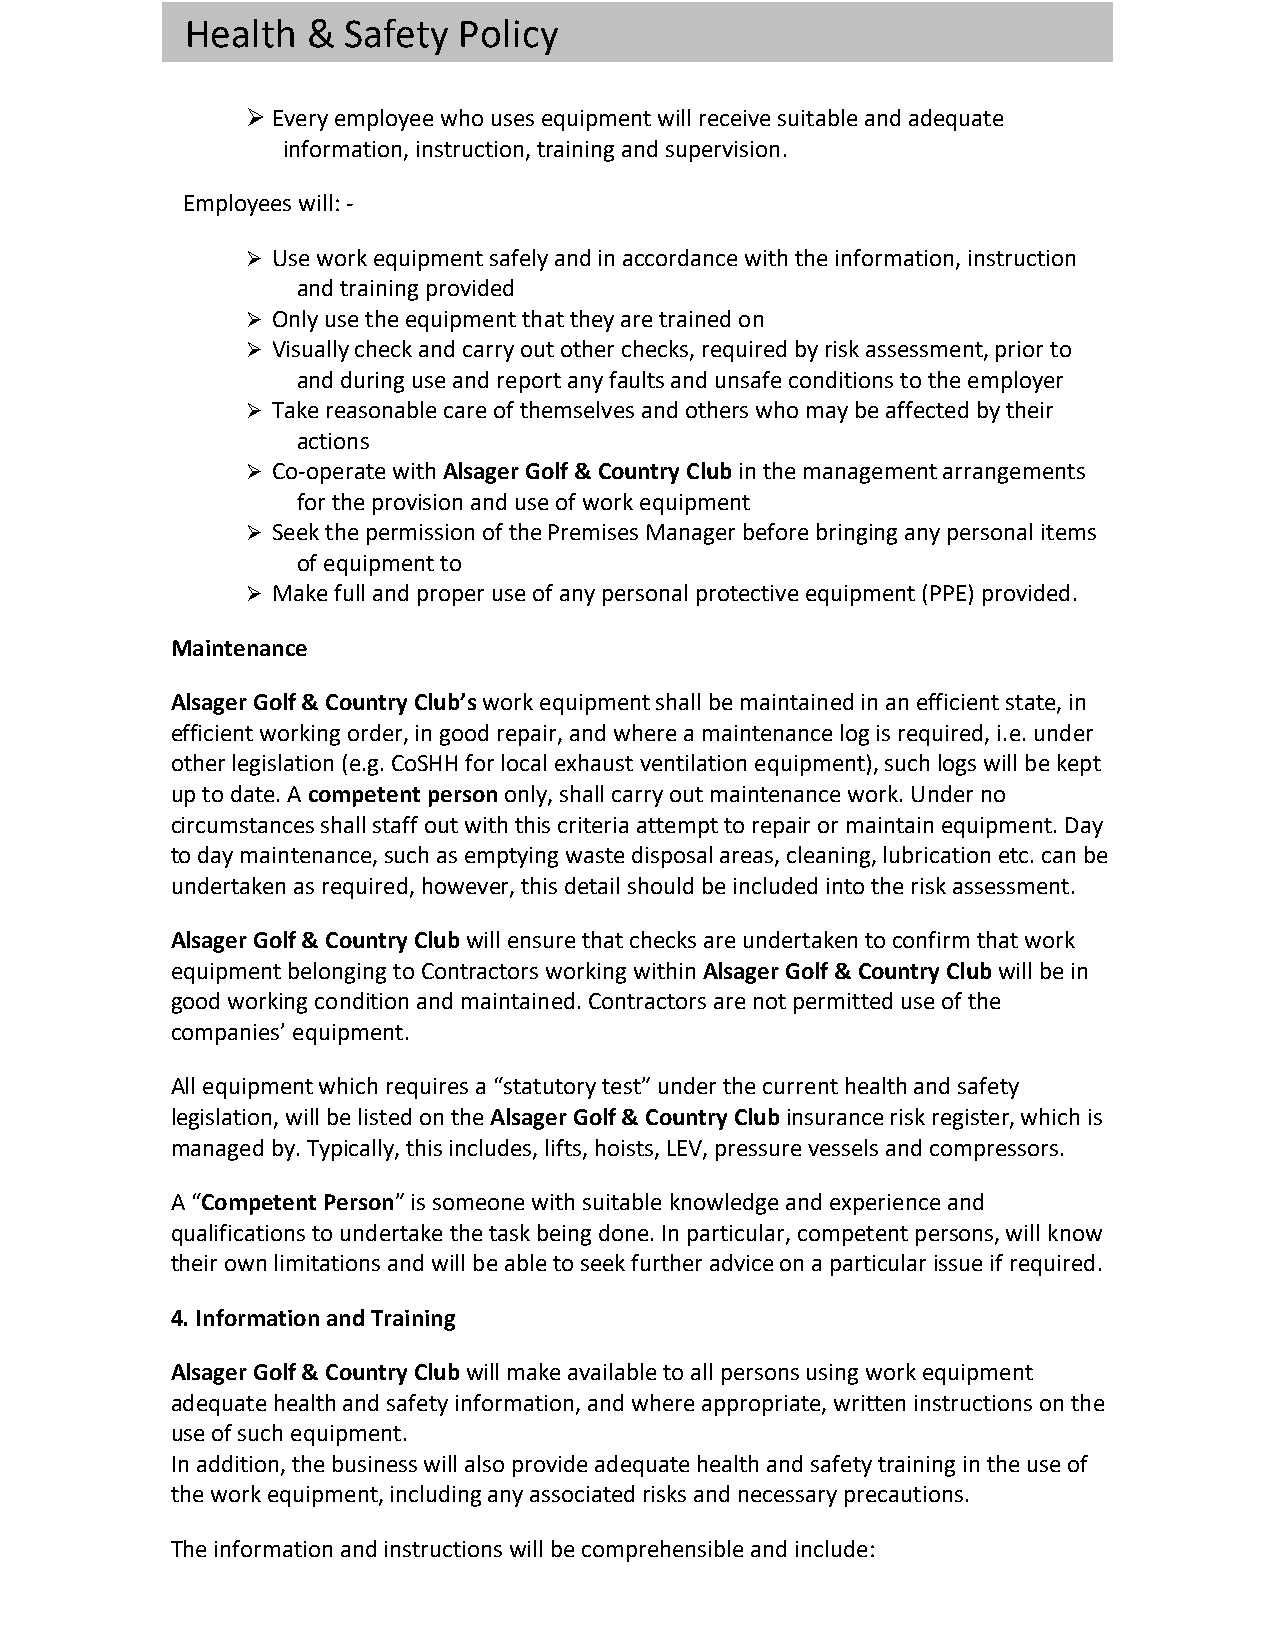
Health  &  Safety Policy
 Ø Every employee who uses equipment will receive suitable and adequate
 information, instruction, training and supervision.
 Employees will: -
 Ø Use work equipment safely and in accordance with the information, instruction
 and training provided
 Ø Only use the equipment that they are trained on
 Ø Visually check and carry out other checks, required by risk assessment, prior to
 and during use and report any faults and unsafe conditions to the employer
 Ø Take reasonable care of themselves and others who may be affected by their
 actions
 Ø Co-operate with Alsager Golf & Country Club in the management arrangements
 for the provision and use of work equipment
 Ø Seek the permission of the Premises Manager before bringing any personal items
 of equipment to
 Ø Make full and proper use of any personal protective equipment (PPE) provided.
 Maintenance
 Alsager Golf & Country Club’s work equipment shall be maintained in an efficient state, in
 efficient working order, in good repair, and where a maintenance log is required, i.e. under
 other legislation (e.g. CoSHH for local exhaust ventilation equipment), such logs will be kept
 up to date. A competent person only, shall carry out maintenance work. Under no
 circumstances shall staff out with this criteria attempt to repair or maintain equipment. Day
 to day maintenance, such as emptying waste disposal areas, cleaning, lubrication etc. can be
 undertaken as required, however, this detail should be included into the risk assessment.
 Alsager Golf & Country Club will ensure that checks are undertaken to confirm that work
 equipment belonging to Contractors working within Alsager Golf & Country Club will be in
 good working condition and maintained. Contractors are not permitted use of the
 companies’ equipment.
 All equipment which requires a “statutory test” under the current health and safety
 legislation, will be listed on the Alsager Golf & Country Club insurance risk register, which is
 managed by. Typically, this includes, lifts, hoists, LEV, pressure vessels and compressors.
 A “Competent Person” is someone with suitable knowledge and experience and
 qualifications to undertake the task being done. In particular, competent persons, will know
 their own limitations and will be able to seek further advice on a particular issue if required.
 4. Information and Training
 Alsager Golf & Country Club will make available to all persons using work equipment
 adequate health and safety information, and where appropriate, written instructions on the
 use of such equipment.
 In addition, the business will also provide adequate health and safety training in the use of
 the work equipment, including any associated risks and necessary precautions.
 The information and instructions will be comprehensible and include: